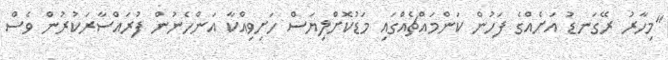
"މިހާރު ރޭގަނޑު އަށެއްގެ ފަހުން ކަންމައްޗެއްގައި މަޑުކޮށްލިޔަސް ހަށިވިއްކާ އަންހެނުން ފުރައްސާރަކުރުން ވެސް